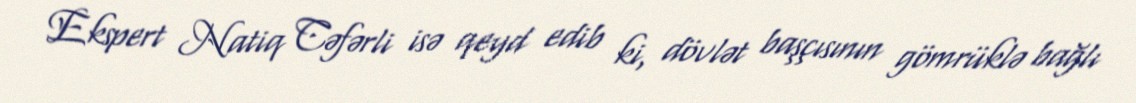
Ekspert Natiq Cəfərli isə qeyd edib ki, dövlət başçısının gömrüklə bağlı